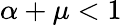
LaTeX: \alpha+\mu<1